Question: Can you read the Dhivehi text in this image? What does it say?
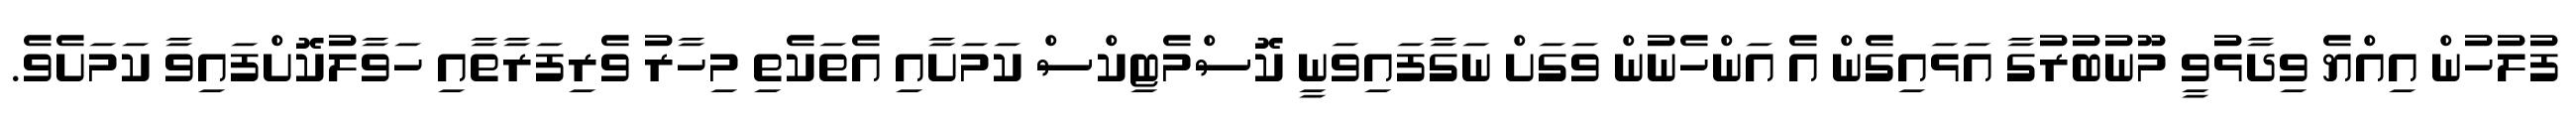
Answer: ފުލުހުން އިއްޔެ ވިދާޅުވީ މޫނުބުރުގާ އަޅައިގެން އެ އަންހެނުން ވަގަށް ނަގާފައިވަނީ ކޮސްމެޓިކްސް ކަމަށާއި އެތަކެތި މިހާރު ވެރިފަރާތާއި ހަވާލުކޮށްފައިވާ ކަމަށެވެ.